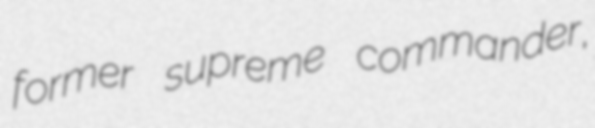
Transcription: former supreme commander,